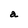
Character: a